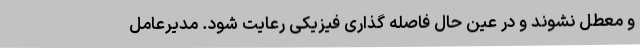
و معطل نشوند و در عین حال فاصله گذاری فیزیکی رعایت شود. مدیرعامل